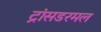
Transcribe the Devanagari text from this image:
ट्रांसडरमल